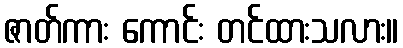
ဇာတ်ကား ကောင်း တင်ထားသလား။